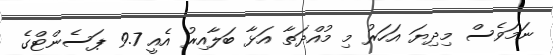
ނަމަވެސް މިދިޔަ އަހަރު މި މުއްދަތާ އަޅާ ބަލާއިރު އެއީ 9.7 ޕަސެންޓްގެ